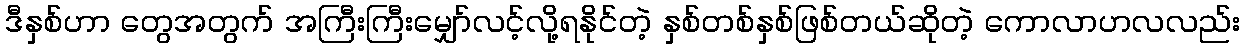
ဒီနှစ်ဟာ တွေအတွက် အကြီးကြီးမျှော်လင့်လို့ရနိုင်တဲ့ နှစ်တစ်နှစ်ဖြစ်တယ်ဆိုတဲ့ ကောလာဟလလည်း